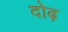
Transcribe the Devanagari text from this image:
दोढ़